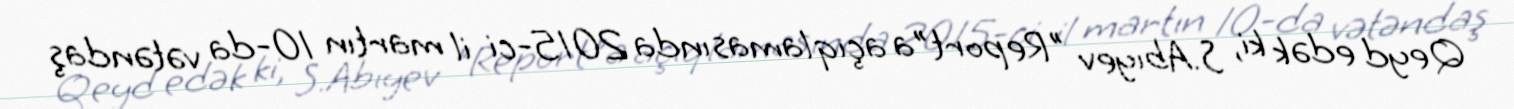
Qeyd edək ki, S.Abıyev "Report"a açıqlamasında 2015-ci il martın 10-da vətəndaş